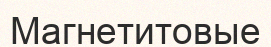
Магнетитовые